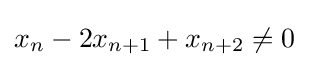
x_{n}-2x_{n+1}+x_{n+2}\neq 0